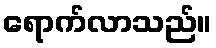
ရောက်လာသည်။